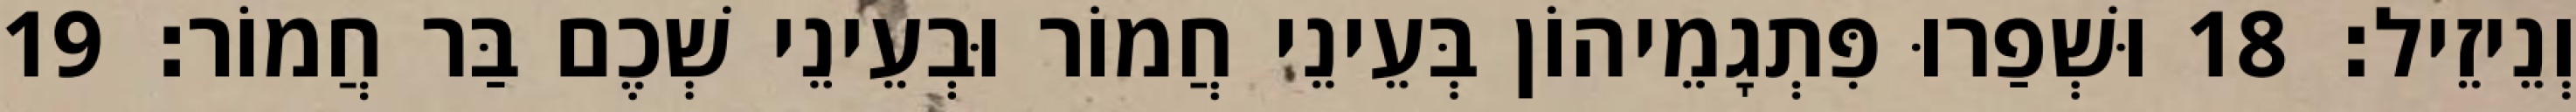
וְנֵיזֵיל׃ 18 וּשְׁפַרוּ פִּתְגָמֵיהוֹן בְּעֵינֵי חֲמוֹר וּבְעֵינֵי שְׁכֶם בַּר חֲמוֹר׃ 19